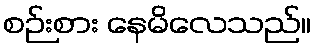
စဉ်းစား နေမိလေသည်။